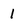
Character: 1